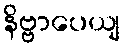
နိဗ္ဗာပေယျ